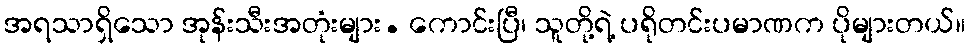
အရသာရှိသော အုန်းသီးအတုံးများ. ကောင်းပြီ၊ သူတို့ရဲ့ ပရိုတင်းပမာဏက ပိုများတယ်။